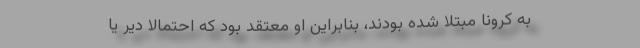
به کرونا مبتلا شده بودند، بنابراین او معتقد بود که احتمالاً دیر یا